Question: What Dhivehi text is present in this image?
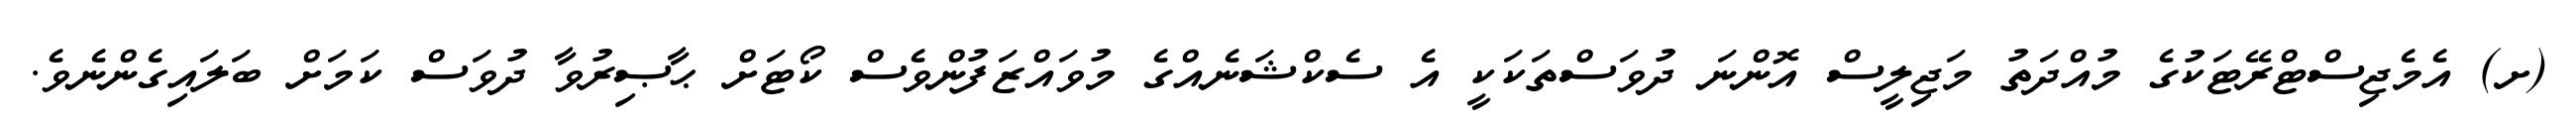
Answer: (ށ) އެމެޖިސްޓްރޭޓަކުގެ މުއްދަތު މަޖިލީސް އޮންނަ ދުވަސްތަކަކީ އެ ސެކްޝަނެއްގެ މުވައްޒަފުންވެސް ކޯޓަށް ޙާޞިރުވާ ދުވަސް ކަމަށް ބަލައިގެންނެވެ.